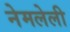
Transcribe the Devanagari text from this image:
नेमलेली